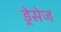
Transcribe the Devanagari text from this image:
ड्रेसेज